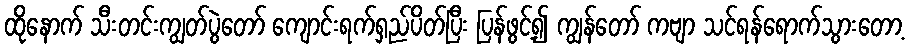
ထိုနောက် သီးတင်းကျွတ်ပွဲတော် ကျောင်းရက်ရှည်ပိတ်ပြီး ပြန်ဖွင့်၍ ကျွန်တော် ကဗျာ သင်ရန်ရောက်သွားတော့